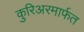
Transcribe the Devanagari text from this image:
कुरिअरमार्फत